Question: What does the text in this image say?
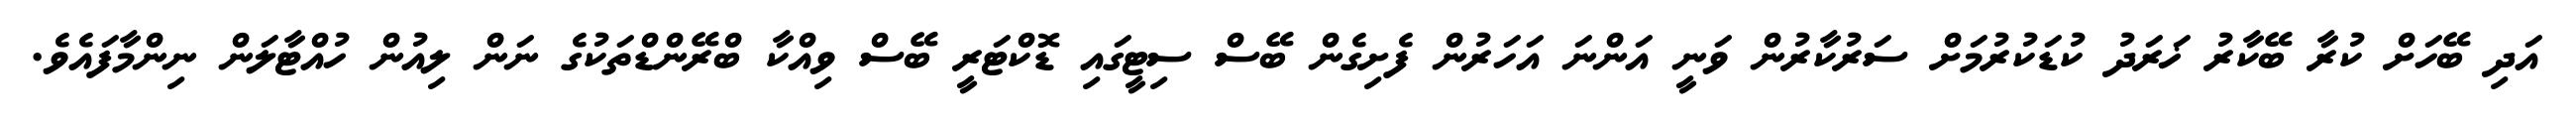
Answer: އަދި ބޭހަށް ކުރާ ބޭކާރު ޚަރަދު ކުޑަކުރުމަށް ސަރުކާރުން ވަނީ އަންނަ އަހަރުން ފެށިގެން ބޭސް ސިޓީގައި ޑޮކްޓަރީ ބޭސް ވިއްކާ ބްރޭންޑްތަކުގެ ނަން ލިއުން ހުއްޓާލަން ނިންމާފައެވެ.